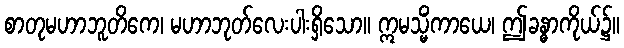
စာတုမဟာဘူတိကေ၊ မဟာဘုတ်လေးပါးရှိသော။ ဣမသ္မိံကာယေ၊ ဤခန္ဓာကိုယ်၌။